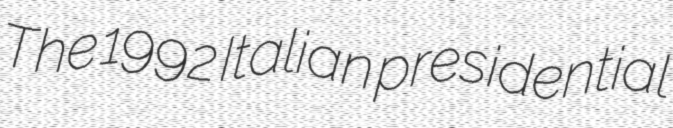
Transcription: The 1992 Italian presidential